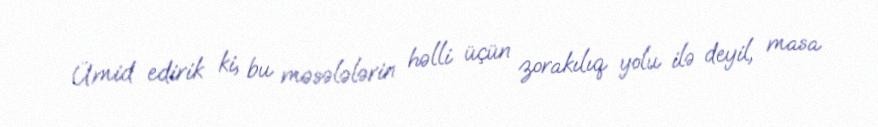
Ümid edirik ki, bu məsələlərin həlli üçün zorakılıq yolu ilə deyil, masa